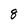
Character: 8